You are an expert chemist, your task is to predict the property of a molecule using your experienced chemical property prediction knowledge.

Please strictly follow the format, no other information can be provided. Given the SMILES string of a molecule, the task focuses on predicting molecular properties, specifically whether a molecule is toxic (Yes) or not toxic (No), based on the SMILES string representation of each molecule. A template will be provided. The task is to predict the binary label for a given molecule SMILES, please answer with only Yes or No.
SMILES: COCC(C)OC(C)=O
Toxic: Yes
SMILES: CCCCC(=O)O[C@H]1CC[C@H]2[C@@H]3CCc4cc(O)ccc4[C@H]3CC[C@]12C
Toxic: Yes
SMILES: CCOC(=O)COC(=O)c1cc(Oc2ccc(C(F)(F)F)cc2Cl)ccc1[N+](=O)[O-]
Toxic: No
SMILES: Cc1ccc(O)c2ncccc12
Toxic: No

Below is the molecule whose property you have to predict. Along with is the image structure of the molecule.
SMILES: CCCCCl
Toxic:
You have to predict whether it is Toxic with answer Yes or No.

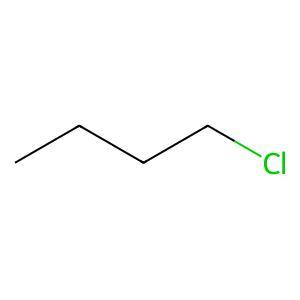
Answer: No